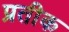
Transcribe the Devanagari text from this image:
प्रतीक